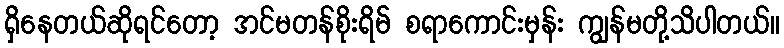
ရှိနေတယ်ဆိုရင်တော့ အင်မတန်စိုးရိမ် စရာကောင်းမှန်း ကျွန်မတို့သိပါတယ်။